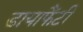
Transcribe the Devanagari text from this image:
डायाफैंटी